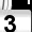
Digit: 3